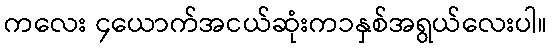
ကလေး ၄ယောက်အငယ်ဆုံးက၁နှစ်အရွယ်လေးပါ။